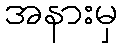
အနားမှ